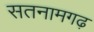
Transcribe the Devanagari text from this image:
सतनामगढ़